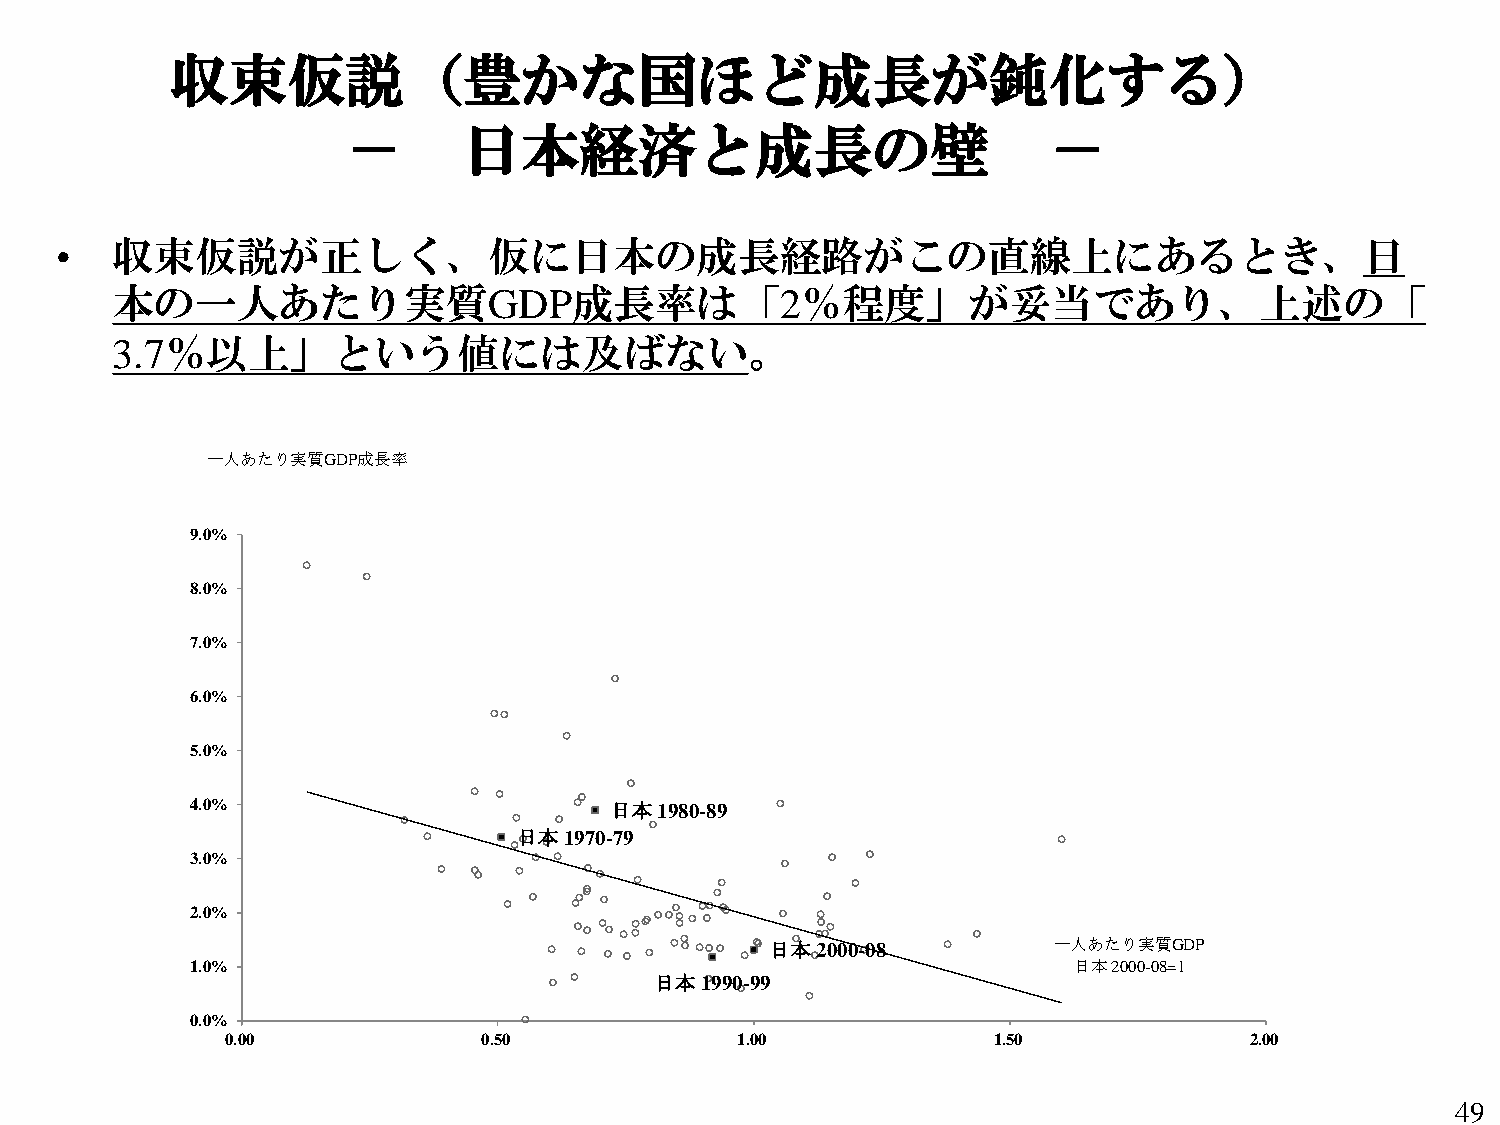
収束仮説（豊かな国ほど成長が鈍化する）
 －       日本経済と成長の壁                             －
 •  収束仮説が正しく、仮に日本の成長経路がこの直線上にあるとき、日
 本の一人あたり実質GDP成長率は「2％程度」が妥当であり、上述の「
 3.7％以上」という値には及ばない。
 一人あたり実質GDP成長率
 9.0%
 8.0%
 7.0%
 6.0%
 5.0%
 4.0%                       日本  1980-89
 日本 1970-79
 3.0%
 2.0%
 日本 2000-08         一人あたり実質GDP
 1.0%                                                      日本 2000-08=1
 日本 1990-99
 0.0%
 0.00             0.50             1.00             1.50             2.00
 49